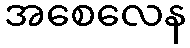
အစေလေန